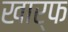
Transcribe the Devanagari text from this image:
खार्फ